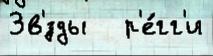
Зв'́зды   р'е́гг'и